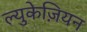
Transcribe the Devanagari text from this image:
ल्युकेज़ियन